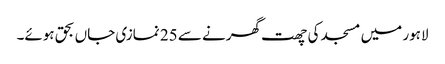
لاہور میں مسجد کی چھت گھرنے سے 25 نمازی جاں بحق ہوئے۔